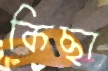
কিছা